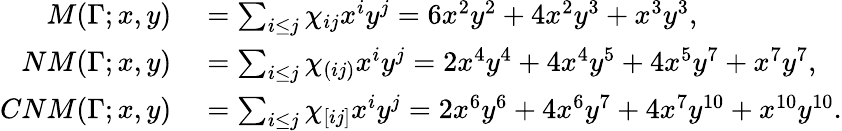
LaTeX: \begin{array}{rl}{M(\Gamma;x,y)}&{{}=\sum_{i\leq j}\chi_{ij}x^{i}y^{j}=6x^{2}y^{2}+4x^{2}y^{3}+x^{3}y^{3},}\\ {NM(\Gamma;x,y)}&{{}=\sum_{i\leq j}\chi_{(ij)}x^{i}y^{j}=2x^{4}y^{4}+4x^{4}y^{5}+4x^{5}y^{7}+x^{7}y^{7},}\\ {CNM(\Gamma;x,y)}&{{}=\sum_{i\leq j}\chi_{[ij]}x^{i}y^{j}=2x^{6}y^{6}+4x^{6}y^{7}+4x^{7}y^{10}+x^{10}y^{10}.}\end{array}